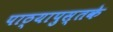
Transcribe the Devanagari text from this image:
पाठ्यापुस्तके